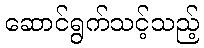
ဆောင်ရွက်သင့်သည့်